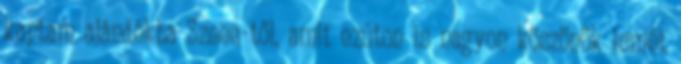
kaptam ajándékba Szeee-től, amit ezúton is nagyon köszönök ismét